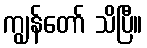
ကျွန်တော် သိပြီ။